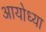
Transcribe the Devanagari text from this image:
अायोध्या